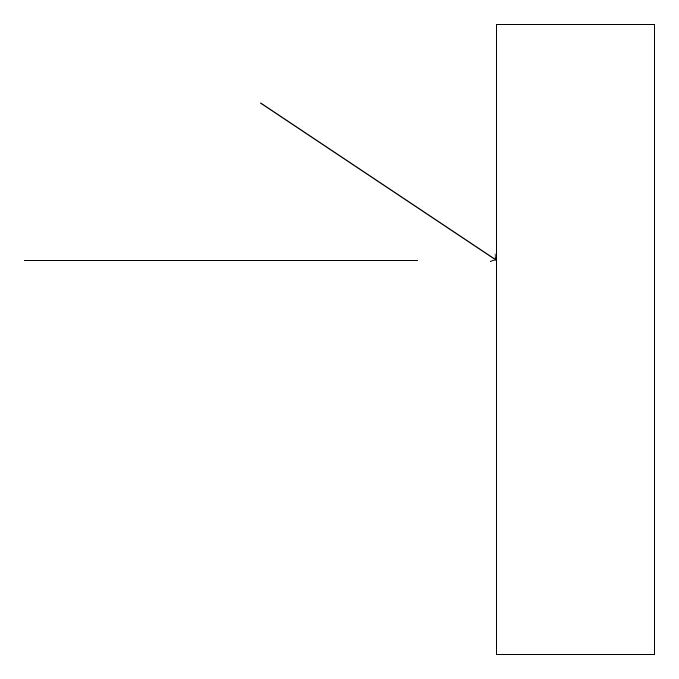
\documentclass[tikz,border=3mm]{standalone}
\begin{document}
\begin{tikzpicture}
\draw[->] (4,18) -- (7,16);
\draw (1,16) rectangle (6,16);
\draw (7,11) rectangle (9,19);
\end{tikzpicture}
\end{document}